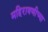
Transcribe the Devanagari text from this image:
महिरावणीच्या